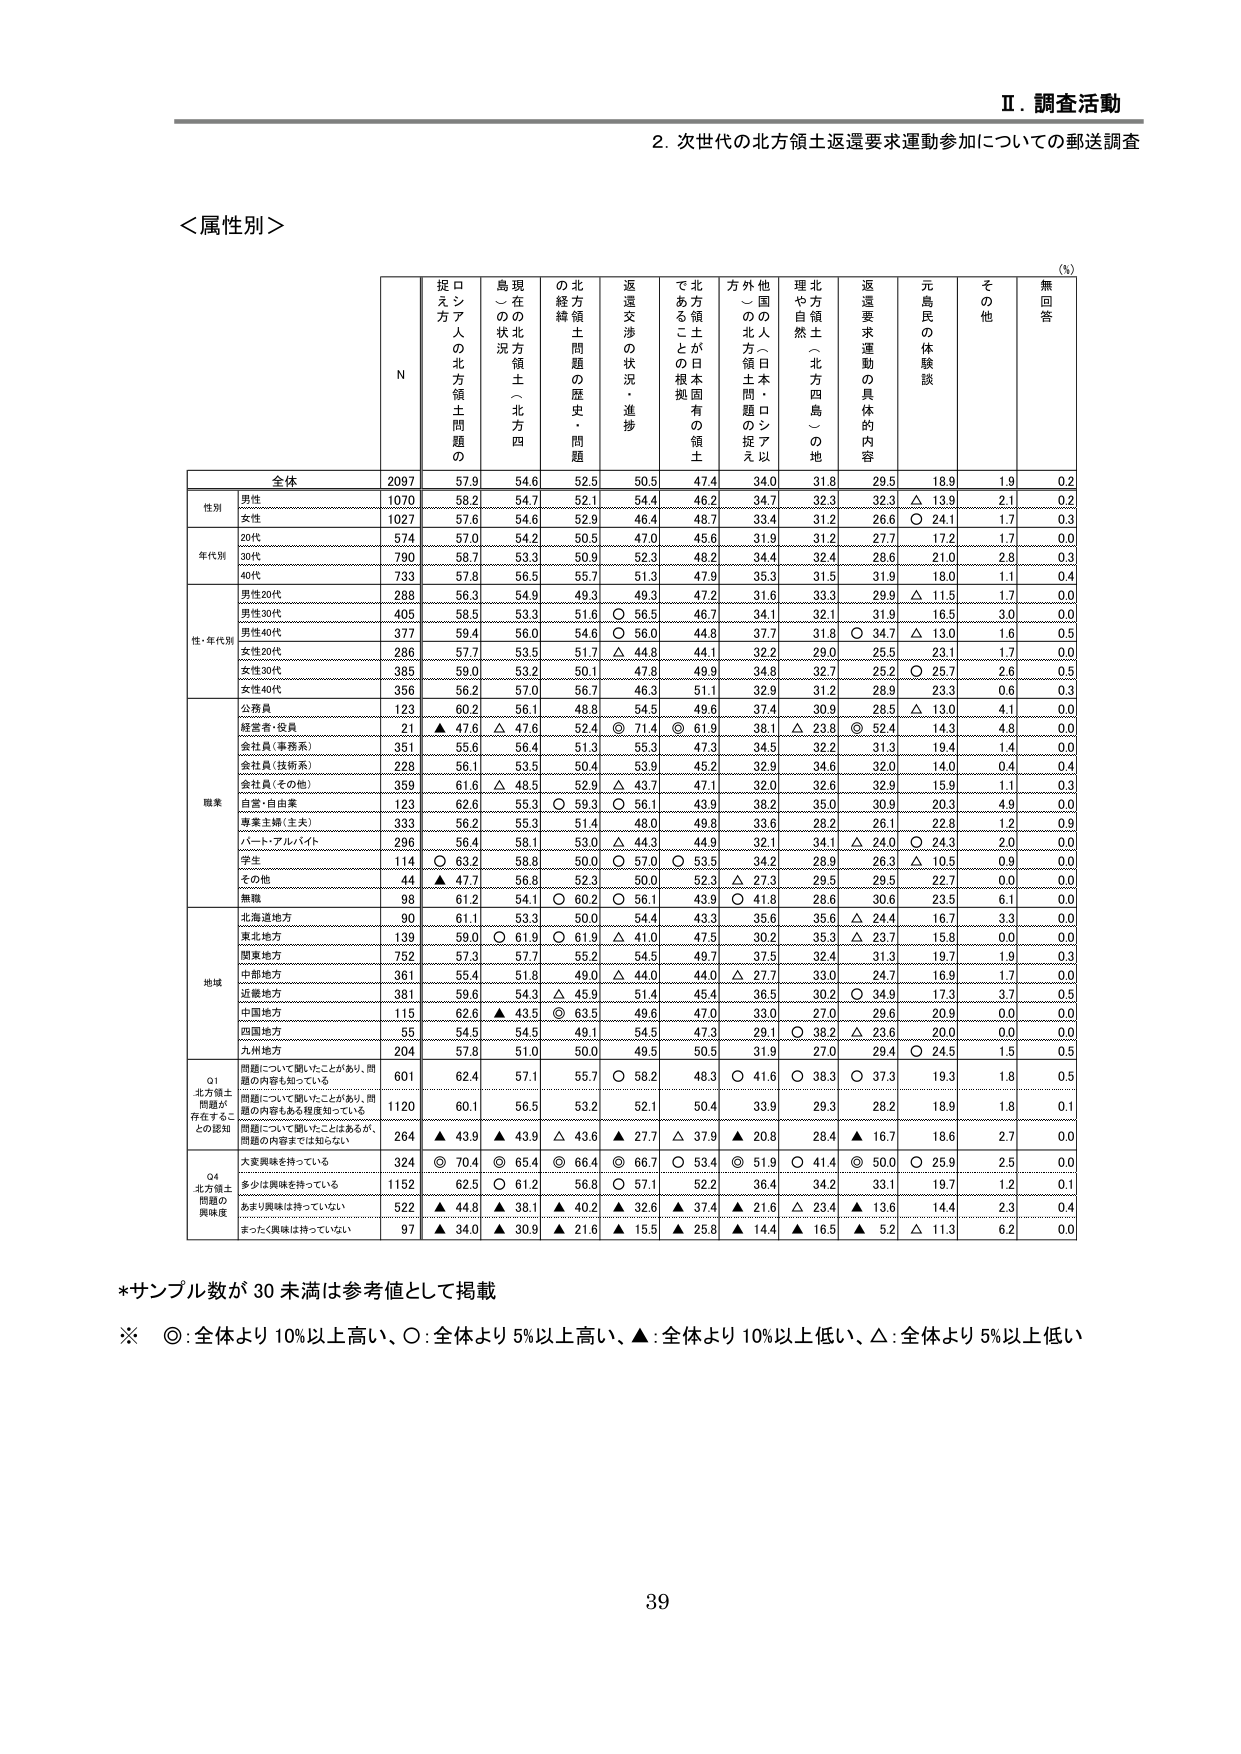
Ⅱ．調査活動
2．次世代の北方領土返還要求運動参加についての郵送調査

＜属性別＞

（%）
N
捉え方
ロシア人の北方領土問題の
島現在の北方領土（北方四島）の状況
北方領土問題の歴史・問題
返還交渉の状況・進捗
であることが日本固有の領土
方外他国の北方領土問題の捉え方
理や自然士（北方四島）の地
返還要求運動の具体的な内容
元島民の体験談
その他
無回答

全体
2097
57.9
54.6
52.5
50.5
47.4
34.0
31.8
29.5
18.9
1.9
0.2

性別
男性
1070
58.2
54.7
52.1
54.4
46.2
34.7
32.3
32.3
△ 13.9
2.1
0.2
女性
1027
57.6
54.6
52.9
46.4
48.7
33.4
31.2
26.6
○ 24.1
1.7
0.3

年代別
20代
574
57.0
54.2
50.5
47.0
45.6
31.9
31.2
27.7
17.2
1.7
0.0
30代
790
58.7
53.3
50.9
52.3
48.2
34.4
32.4
28.6
21.0
2.8
0.3
40代
733
57.8
56.5
55.7
51.3
47.9
35.3
31.5
31.9
18.0
1.1
0.4

性・年代別
男性20代
288
56.3
54.9
49.3
49.3
47.2
31.6
33.3
29.9
△ 11.5
1.7
0.0
男性30代
405
58.5
53.3
51.6
○ 56.5
46.7
34.1
32.1
31.9
16.5
3.0
0.0
男性40代
377
59.4
56.0
54.6
○ 56.0
44.8
37.7
31.8
○ 34.7
△ 13.0
1.6
0.5
女性20代
286
57.7
53.5
51.7
△ 44.8
44.1
32.2
29.0
25.5
23.1
1.7
0.0
女性30代
385
59.0
53.2
50.1
47.8
49.9
34.8
32.7
25.2
○ 25.7
2.6
0.5
女性40代
356
56.2
57.0
56.7
46.3
51.1
32.9
31.2
28.9
23.3
0.6
0.3

職業
公務員
123
60.2
56.1
48.8
54.5
49.6
37.4
30.9
28.5
△ 13.0
4.1
0.0
経営者・役員
21
▲ 47.6
△ 47.6
52.4
◎ 71.4
◎ 61.9
38.1
△ 23.8
◎ 52.4
14.3
4.8
0.0
会社員（事務系）
351
55.6
56.4
51.3
55.3
47.3
34.5
32.2
31.3
19.4
1.4
0.0
会社員（技術系）
228
56.1
53.5
50.4
53.9
45.2
32.9
34.6
32.0
14.0
0.4
0.4
会社員（その他）
359
61.6
△ 48.5
52.9
△ 43.7
47.1
32.0
32.6
32.9
15.9
1.1
0.3
自営・自由業
123
62.6
55.3
○ 59.3
○ 56.1
43.9
38.2
35.0
30.9
20.3
4.9
0.0
専業主婦（主夫）
333
56.2
55.3
51.4
48.0
49.8
33.6
28.2
26.1
22.8
1.2
0.9
パート・アルバイト
296
56.4
58.1
53.0
△ 44.3
44.9
32.1
34.1
△ 24.0
○ 24.3
2.0
0.0
学生
114
○ 63.2
56.8
50.0
○ 57.0
○ 53.5
34.2
28.9
26.3
△ 10.5
0.9
0.0
その他
44
▲ 47.7
56.8
52.3
50.0
52.3
△ 27.3
29.5
29.5
22.7
0.0
0.0
無職
98
61.2
54.1
○ 60.2
○ 56.1
43.9
○ 41.8
28.6
30.6
23.5
6.1
0.0

地域
北海道地方
90
61.1
53.3
50.0
54.4
43.3
35.6
35.6
△ 24.4
16.7
3.3
0.0
東北地方
139
59.0
○ 61.9
○ 61.9
△ 41.0
47.5
30.2
35.3
△ 23.7
15.8
0.0
0.0
関東地方
752
57.3
57.7
55.2
54.5
49.7
37.5
32.4
31.3
19.7
1.9
0.3
中部地方
361
55.4
51.8
49.0
△ 44.0
44.0
△ 27.7
33.0
24.7
16.9
1.7
0.0
近畿地方
381
59.6
54.3
△ 45.9
51.4
45.4
36.5
30.2
○ 34.9
17.3
3.7
0.5
中国地方
115
62.6
▲ 43.5
◎ 63.5
49.6
47.0
33.0
27.0
29.6
20.9
0.0
0.0
四国地方
55
54.5
54.5
49.1
54.5
47.3
29.1
○ 38.2
△ 23.6
20.0
0.0
0.0
九州地方
204
57.8
51.0
50.0
49.5
50.5
31.9
27.0
29.4
○ 24.5
1.5
0.5

Q1
北方領土問題が存在することの認知
問題について聞いたことがあり、問題の内容も知っている
601
62.4
57.1
55.7
○ 58.2
48.3
○ 41.6
○ 38.3
○ 37.3
19.3
1.8
0.5
問題について聞いたことがあり、問題の内容もある程度知っている
1120
60.1
56.5
53.2
52.1
50.4
33.9
29.3
28.2
18.9
1.8
0.1
問題について聞いたことはあるが、問題の内容までは知らない
264
▲ 43.9
▲ 43.9
△ 43.6
▲ 27.7
△ 37.9
▲ 20.8
28.4
▲ 16.7
18.6
2.7
0.0

Q4
北方領土問題の興味度
大変興味を持っている
324
◎ 70.4
◎ 65.4
◎ 66.4
◎ 66.7
○ 53.4
◎ 51.9
○ 41.4
◎ 50.0
○ 25.9
2.5
0.0
多少は興味を持っている
1152
62.5
○ 61.2
56.8
○ 57.1
52.2
36.4
34.2
33.1
19.7
1.2
0.1
あまり興味は持っていない
522
▲ 44.8
▲ 38.1
▲ 40.2
▲ 32.6
▲ 37.4
▲ 21.6
△ 23.4
▲ 13.6
14.4
2.3
0.4
まったく興味は持っていない
97
▲ 34.0
▲ 30.9
▲ 21.6
▲ 15.5
▲ 25.8
▲ 14.4
▲ 16.5
▲ 5.2
△ 11.3
6.2
0.0

*サンプル数が30未満は参考値として掲載
※ ◎：全体より10%以上高い、○：全体より5%以上高い、▲：全体より10%以上低い、△：全体より5%以上低い

39